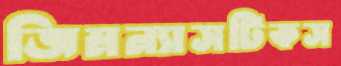
জিমন্যাসটিকস